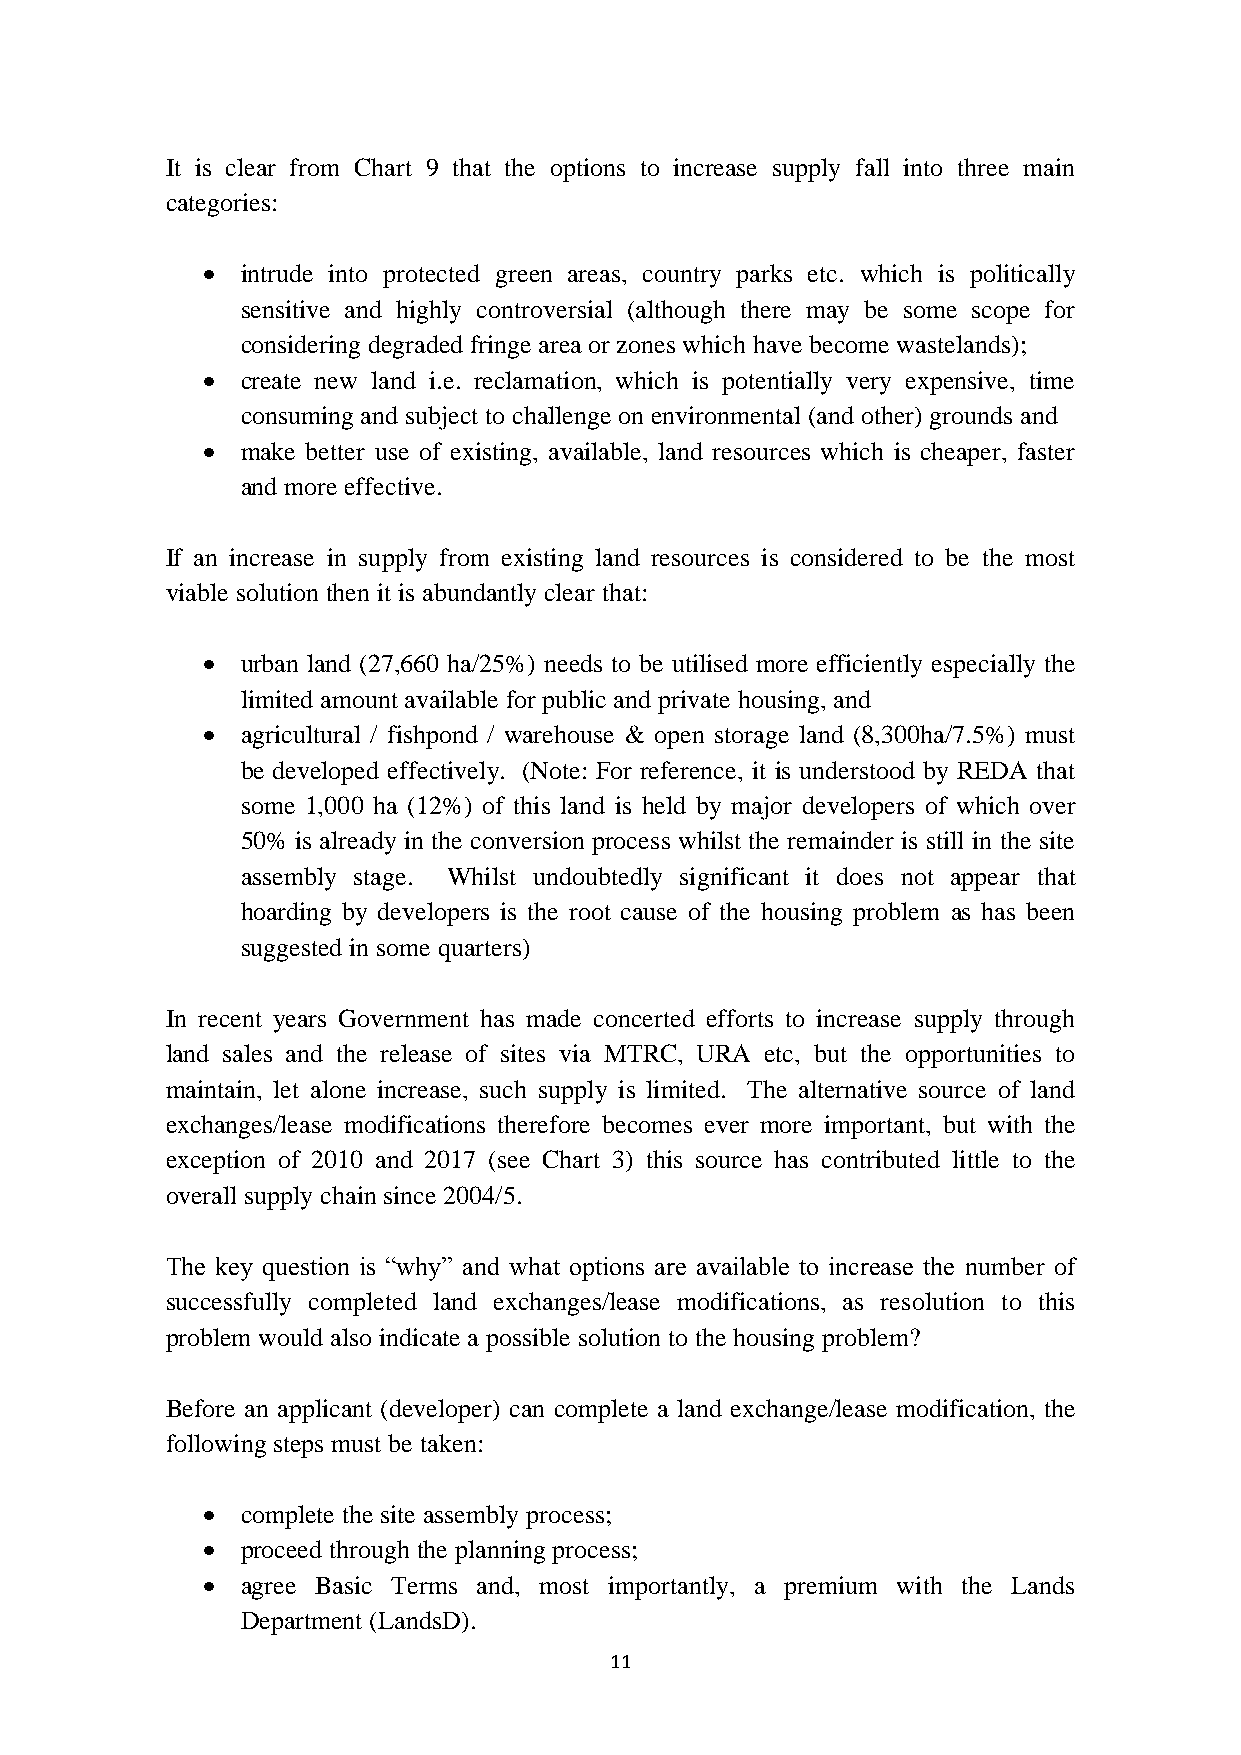
It is clear from Chart 9 that the options to increase supply fall into three main
 categories:
   intrude into protected green areas, country parks etc. which is politically
 sensitive and highly controversial (although there may be some scope for
 considering degraded fringe area or zones which have become wastelands);
   create new land i.e. reclamation, which is potentially very expensive, time
 consuming and subject to challenge on environmental (and other) grounds and
   make better use of existing, available, land resources which is cheaper, faster
 and more effective.
 If an increase in supply from existing land resources is considered to be the most
 viable solution then it is abundantly clear that:
   urban land (27,660 ha/25%) needs to be utilised more efficiently especially the
 limited amount available for public and private housing, and
   agricultural / fishpond / warehouse & open storage land (8,300ha/7.5%) must
 be developed effectively. (Note: For reference, it is understood by REDA that
 some 1,000 ha (12%) of this land is held by major developers of which over
 50% is already in the conversion process whilst the remainder is still in the site
 assembly stage. Whilst undoubtedly significant it does not appear that
 hoarding by developers is the root cause of the housing problem as has been
 suggested in some quarters)
 In recent years Government has made concerted efforts to increase supply through
 land sales and the release of sites via MTRC, URA etc, but the opportunities to
 maintain, let alone increase, such supply is limited. The alternative source of land
 exchanges/lease modifications therefore becomes ever more important, but with the
 exception of 2010 and 2017 (see Chart 3) this source has contributed little to the
 overall supply chain since 2004/5.
 The key question is “why” and what options are available to increase the number of
 successfully completed land exchanges/lease modifications, as resolution to this
 problem would also indicate a possible solution to the housing problem?
 Before an applicant (developer) can complete a land exchange/lease modification, the
 following steps must be taken:
   complete the site assembly process;
   proceed through the planning process;
   agree Basic Terms and, most importantly, a premium with the Lands
 Department (LandsD).
 11